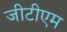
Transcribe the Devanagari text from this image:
जीटीएम